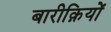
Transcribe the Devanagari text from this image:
बारीक़ियों